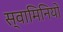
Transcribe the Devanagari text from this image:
स्वामिनियों